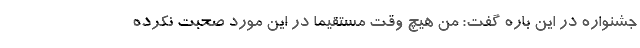
جشنواره در این باره گفت: من هیچ وقت مستقیما در این مورد صحبت نکرده